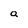
Character: a